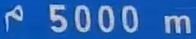
5000 m